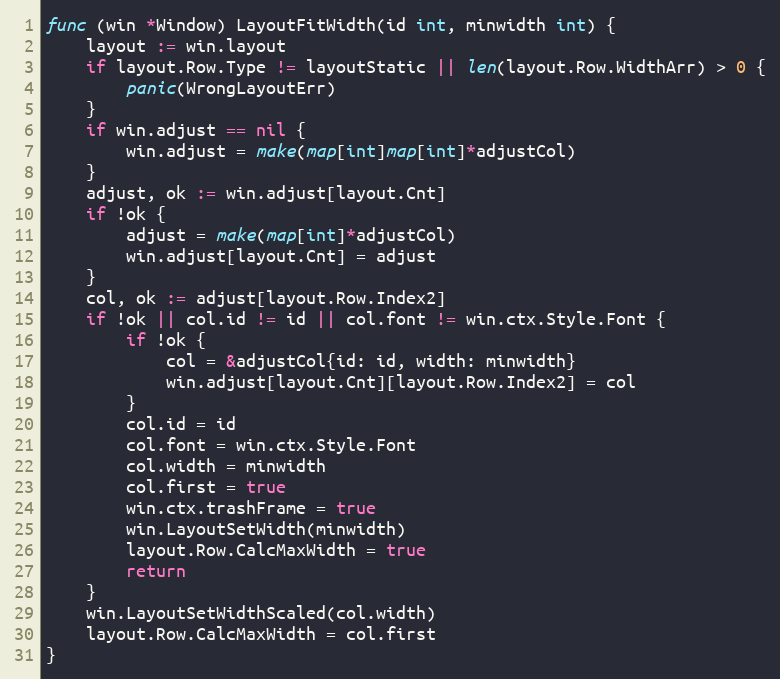
Language: Go
func (win *Window) LayoutFitWidth(id int, minwidth int) {
	layout := win.layout
	if layout.Row.Type != layoutStatic || len(layout.Row.WidthArr) > 0 {
		panic(WrongLayoutErr)
	}
	if win.adjust == nil {
		win.adjust = make(map[int]map[int]*adjustCol)
	}
	adjust, ok := win.adjust[layout.Cnt]
	if !ok {
		adjust = make(map[int]*adjustCol)
		win.adjust[layout.Cnt] = adjust
	}
	col, ok := adjust[layout.Row.Index2]
	if !ok || col.id != id || col.font != win.ctx.Style.Font {
		if !ok {
			col = &adjustCol{id: id, width: minwidth}
			win.adjust[layout.Cnt][layout.Row.Index2] = col
		}
		col.id = id
		col.font = win.ctx.Style.Font
		col.width = minwidth
		col.first = true
		win.ctx.trashFrame = true
		win.LayoutSetWidth(minwidth)
		layout.Row.CalcMaxWidth = true
		return
	}
	win.LayoutSetWidthScaled(col.width)
	layout.Row.CalcMaxWidth = col.first
}